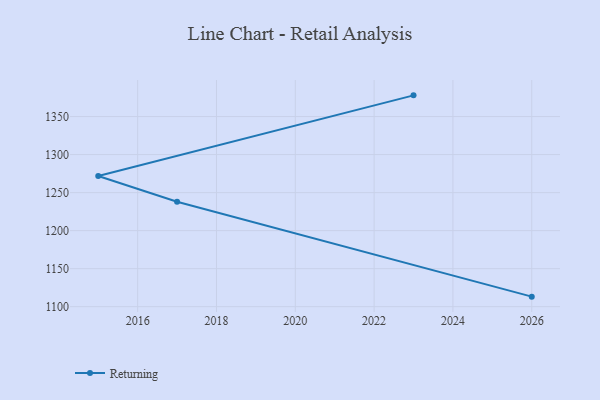
{"axis": {"x": "Year", "y": "Production Output"}, "legend": ["Returning"], "data": [{"x": "2026", "y": 1113.2, "type": "Returning"}, {"x": "2017", "y": 1238.1, "type": "Returning"}, {"x": "2015", "y": 1271.8, "type": "Returning"}, {"x": "2023", "y": 1377.9, "type": "Returning"}]}